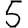
Digit: 5